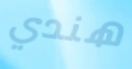
هندي